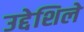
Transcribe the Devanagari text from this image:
उद्देशिले